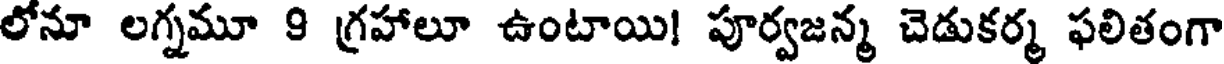
లోనూ లగ్నమూ 9 గ్రహాలూ ఉంటాయి! పూర్వజన్మ చెడుకర్మ ఫలితంగా